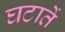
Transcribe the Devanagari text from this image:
घटातें